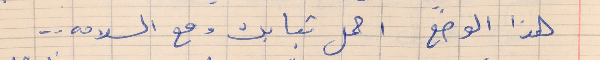
هذا الوضع احمل تيابك ومع السلامه . .